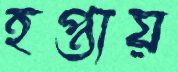
হপ্তায়